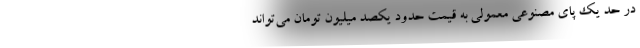
در حد یک پای مصنوعی معمولی به قیمت حدود یکصد میلیون تومان می‌تواند